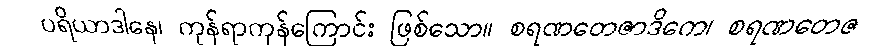
ပရိယာဒါနေ၊ ကုန်ရာကုန်ကြောင်း ဖြစ်သော။ စရဏတေဇာဒိကေ၊ စရဏတေဇ